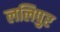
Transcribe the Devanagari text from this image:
ललिपुर